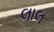
લાલ